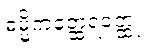
ဓမ္မိကတ္ထေရဝတ္ထု